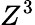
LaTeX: Z^{3}